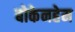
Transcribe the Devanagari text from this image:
बोकेनहेम